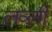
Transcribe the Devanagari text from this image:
लव्ली